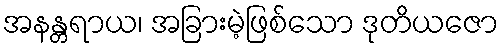
အနန္တရာယ၊ အခြားမဲ့ဖြစ်သော ဒုတိယဇော